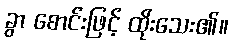
ခွာ စောင်းဖြင့် ထိုးသေး၏။